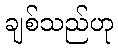
ချစ်သည်ဟု